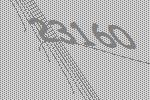
23160